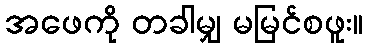
အဖေကို တခါမျှ မမြင်စဖူး။